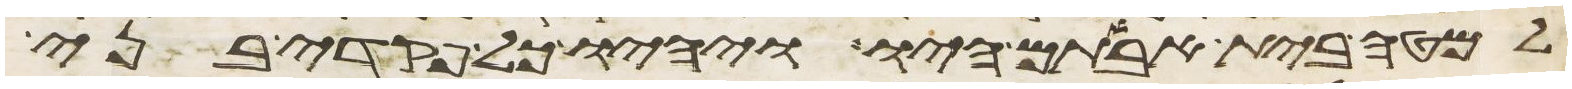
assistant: למטה בית אבותם היו ויהיו כל פקדי בני